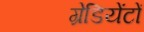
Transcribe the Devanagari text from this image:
ग्रेडियेंटों